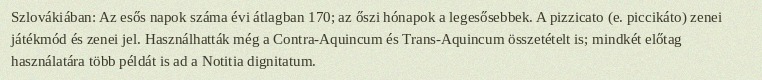
Szlovákiában: Az esős napok száma évi átlagban 170; az őszi hónapok a legesősebbek. A pizzicato (e. piccikáto) zenei játékmód és zenei jel. Használhatták még a Contra-Aquincum és Trans-Aquincum összetételt is; mindkét előtag használatára több példát is ad a Notitia dignitatum.